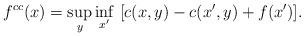
LaTeX: \begin{align*}f^{cc}(x)=\sup_{y}\inf_{x'}\ [c(x,y)-c(x',y)+f(x')].\end{align*}